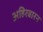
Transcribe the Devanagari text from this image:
अहिरबारन